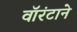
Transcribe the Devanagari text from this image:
वॉरंटाने